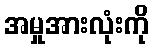
အမှုအားလုံးကို